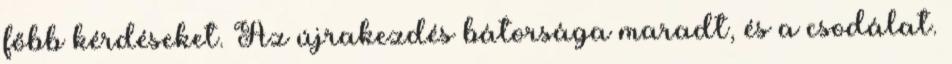
főbb kérdéseket. Az újrakezdés bátorsága maradt, és a csodálat.